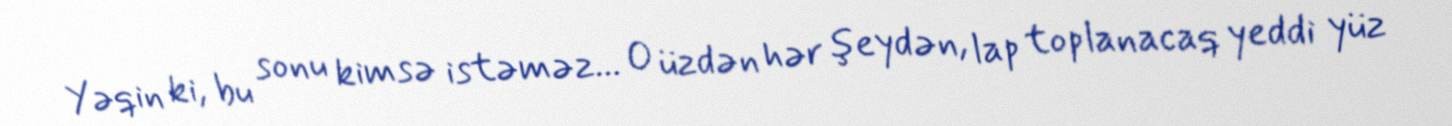
Yəqin ki, bu sonu kimsə istəməz... O üzdən hər şeydən, lap toplanacaq yeddi yüz